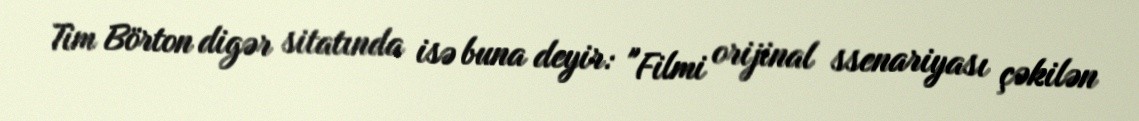
Tim Börton digər sitatında isə buna deyir: "Filmi orijinal ssenariyası çəkilən